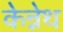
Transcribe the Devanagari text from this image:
केन्नेथ